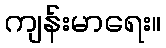
ကျန်းမာရေး။